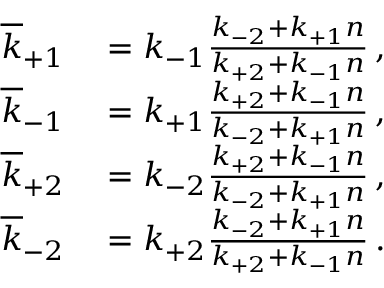
\begin{array} { r l } { \overline { { k } } _ { + 1 } } & { { } = k _ { - 1 } \frac { k _ { - 2 } + k _ { + 1 } n } { k _ { + 2 } + k _ { - 1 } n } \, , } \\ { \overline { { k } } _ { - 1 } } & { { } = k _ { + 1 } \frac { k _ { + 2 } + k _ { - 1 } n } { k _ { - 2 } + k _ { + 1 } n } \, , } \\ { \overline { { k } } _ { + 2 } } & { { } = k _ { - 2 } \frac { k _ { + 2 } + k _ { - 1 } n } { k _ { - 2 } + k _ { + 1 } n } \, , } \\ { \overline { { k } } _ { - 2 } } & { { } = k _ { + 2 } \frac { k _ { - 2 } + k _ { + 1 } n } { k _ { + 2 } + k _ { - 1 } n } \, . } \end{array}